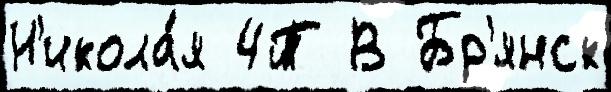
Н'икола́я 4Т В Бр'янск